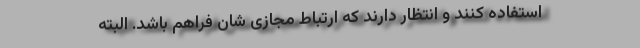
استفاده کنند و انتظار دارند که ارتباط مجازی شان فراهم باشد. البته